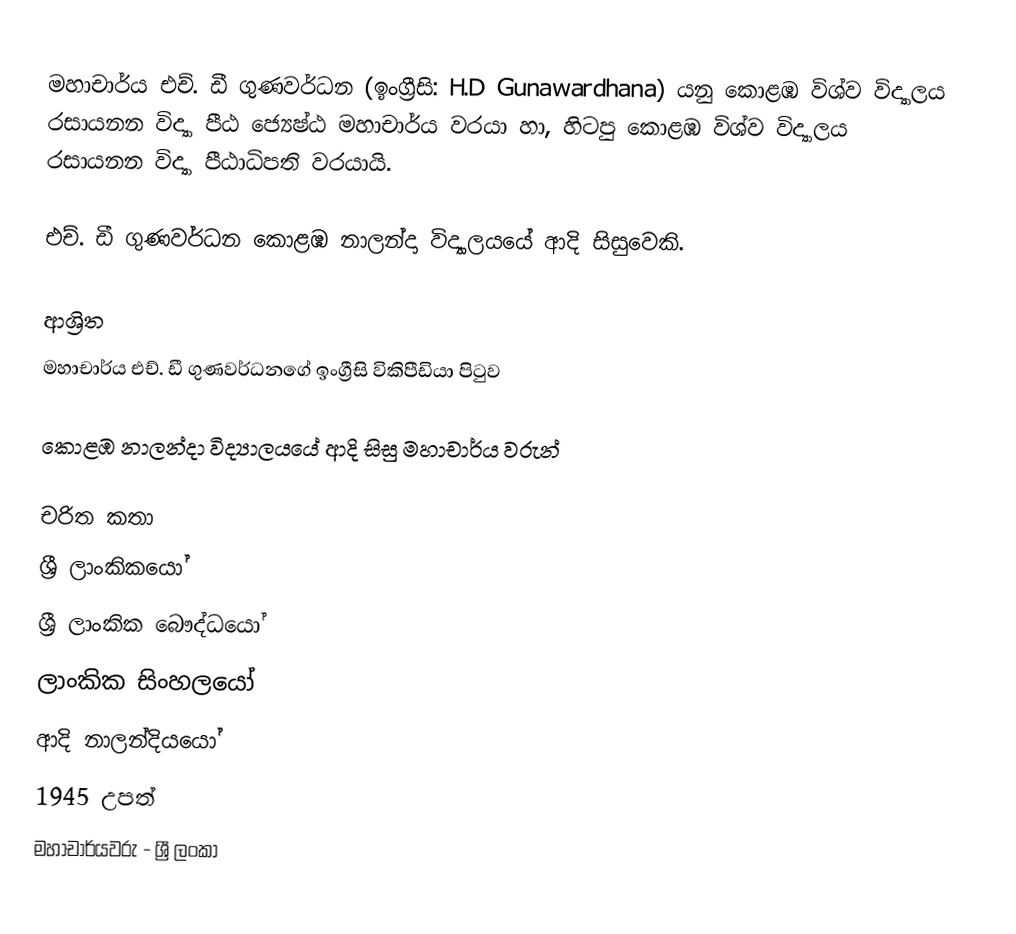
මහාචාර්ය එච්. ඩී ගුණවර්ධන (ඉංග්‍රීසි: H.D Gunawardhana) යනු  කොළඹ විශ්ව විද්‍යාලය රසායනන විද්‍යා පීඨ ජ්‍යෙෂ්ඨ මහාචාර්ය වරයා හා, හිටපු කොළඹ විශ්ව විද්‍යාලය රසායනන විද්‍යා පීඨාධිපති වරයායි.

එච්. ඩී ගුණවර්ධන  කොළඹ නාලන්දා විද්‍යාලයයේ ආදි සිසුවෙකි.

ආශ්‍රිත
  මහාචාර්ය එච්. ඩී ගුණවර්ධනගේ ඉංග්‍රීසි විකිපීඩියා පිටුව

 කොළඹ නාලන්දා විද්‍යාලයයේ ආදි සිසු මහාචාර්ය වරුන්

චරිත කතා
ශ්‍රී ලාංකිකයෝ
ශ්‍රී ලාංකික බෞද්ධයෝ
ලාංකික සිංහලයෝ
ආදි නාලන්දියයෝ
1945 උපත්
මහාචාර්යවරු - ශ්‍රී ලංකා